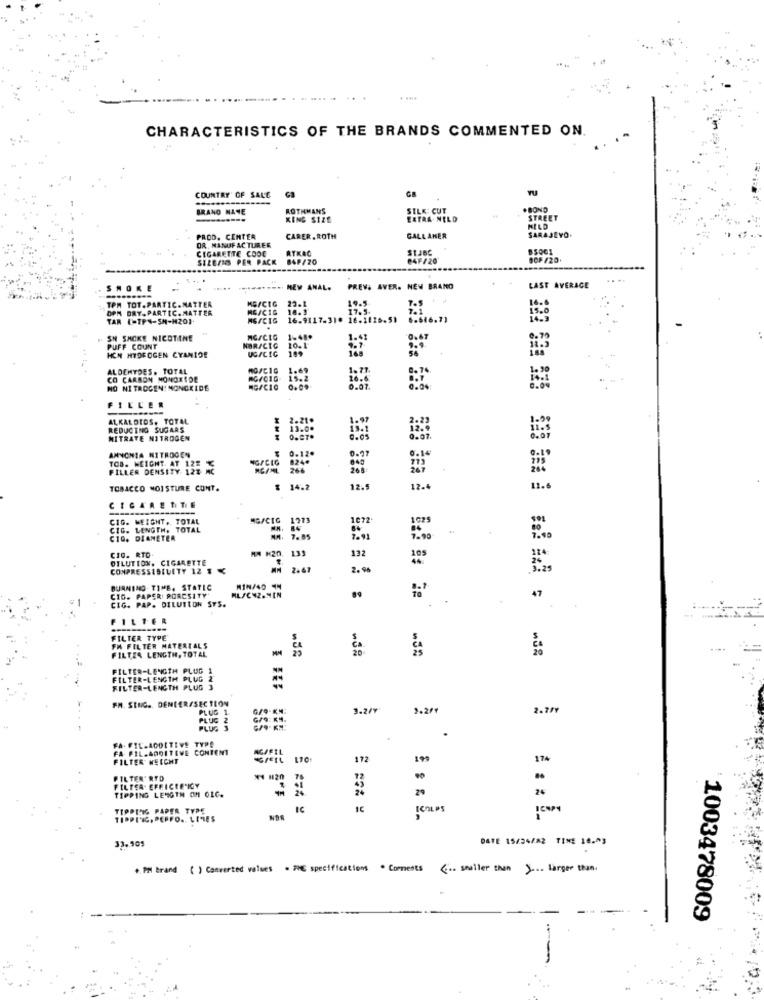
. ....
CHARACTERISTICS OF THE BRANDS COMMENTED ON.
GB
COUNTRY OF SALE
BRANO NANE
ROTHMANS
SILK: CUT
.BOND
KING SIZE
EXTRA NELD
STREET
HELD
SARAJEVO.
PROD. CENTER
CARER.ROTH
GALL AHER
OR, MANUFACTURER
CIGARETTE CODE
ATKAC
St.JBC
SIZE/NS PER PACK
84F/20
24F/20
00F /20
....
SMOKE
MEW ANAL.
PREV. AVER. NEV BRANO
AST AVERAGE
ME/CTG
22.1
19.5
TPM TOT.PARTIC.MATTER
OPM DRY.PARTIC. MATTER
MG/CIG
16.3
17.5-
TAR (TP4-5H-H201.
MG/CIG
16.9117.31. 16.1126.51
SH SMOKE NICOTINE
MG/CIG
1-48.
1.41
0.67
PUFF COUNT
HCH HYDROGEN CYANIDE
UG/CIC
ALDEHYDES. TOTAL
1.69
1.71.
CO CARBON MONOXIDE
15.2
NO NITROGEN! MONCEIDE
MG/CIO
0.07.
FILLER
ALKALOIDS, TOTAL
REDUCING SUGARS
MITRATE NITROGEN
HHH
AMNCHIA NITROGEN
TOB. HEIGHT. AT 12# %
0.12.
0.97
FILLER DENSITY 12% MC
NG/CIO
TOBACCO MOISTURE CONT.
% 14.2
12.5
17.4
CIGARETTE
CIG. WEIGHT. TOTAL
MG/CIG
1271
1072
CIG. LENGTH. TOTAL
84
CIG. DIANETER
7.85
CIO. RTO
MA K20, 133
139
OTLUTION. CIGARETTE
132
COMPRESSIBILITY 12 1 K
2.67
2.96
BURNING. TIME, STATIC
MIN/40 4
CIO. PAPER PORCSITY'
CIG. PAP. DILUTION SYS.
ALSCY2.MEN
FILTER
FILTER TYPE
FA FILTER MATERIALS
FILTER LENGTH, TOTAL
FILTER-LENGTH PLUG 1
FILTER-LENGTH PLUG &
FILTER-LENGTH PLUG 3
FM. SING. DENIER/SECTLON
PLUG 1
3.2/7
1.2/+
2.7/7
PLUG
2
PLUGS
.
FA. FIL.ADDITIVE TYPE
FA- PIL.ADDITIVE CONTENT
AGIFIL
FILTER WEICHT
112
199
174
FILTER' RTD
* 120
FILTER. EFFICEENIGY
TIPPING LENGTH OM OLC.
24
24
TIPPING PAPER TYPE
IC
ICOLPS
ICMPY
TIPPING, PERFO .. LITIES
NOR
33.505
DATE 15/34/82 TIME 10.03
. PMl Brand ( ) Converted values . THE specifications . Comments
& .. smuller then y ... larger than.
1003478009
..